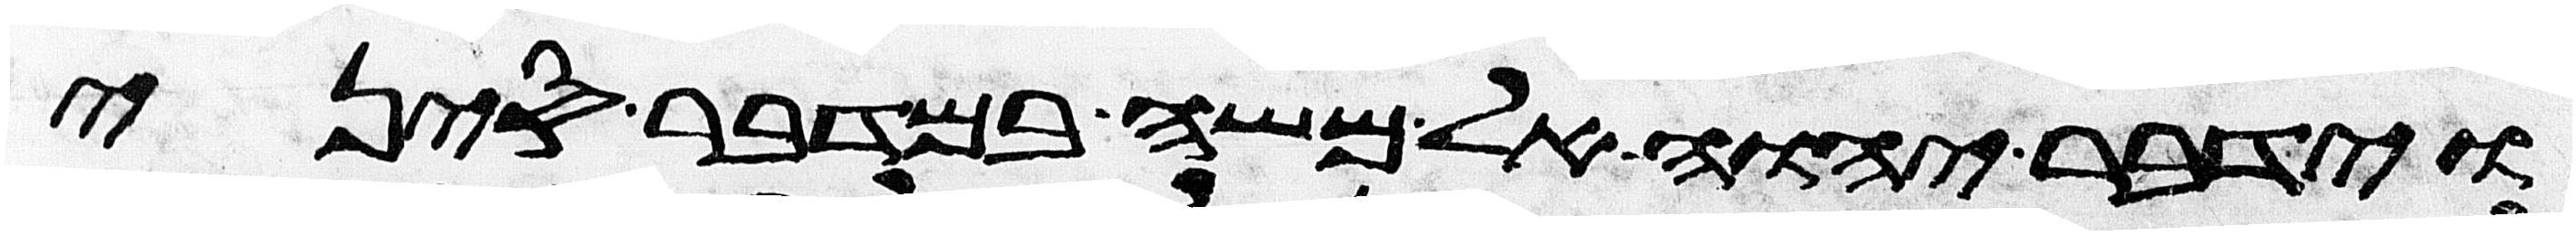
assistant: וידבר יהוה אל משה במדבר סיני